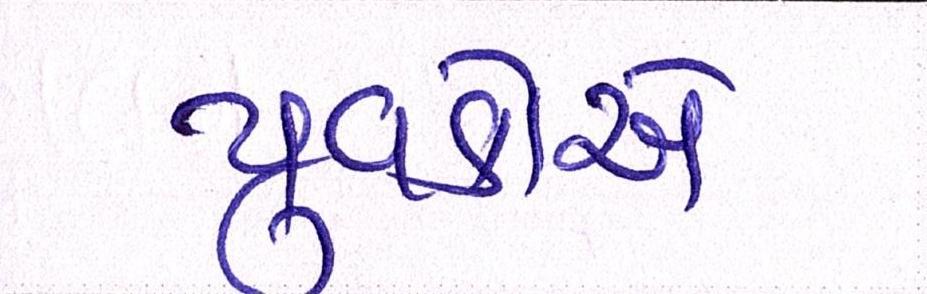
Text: યુવકોએ